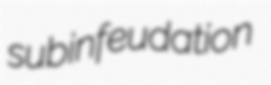
subinfeudation